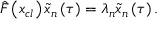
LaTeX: \hat { F } \left( x _ { c l } \right) \tilde { x } _ { n } \left( \tau \right) = \lambda _ { n } \tilde { x } _ { n } \left( \tau \right) .